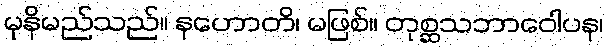
မုနိမည်သည်။ နဟောတိ၊ မဖြစ်။ တုစ္ဆသဘာဝေါပန၊